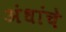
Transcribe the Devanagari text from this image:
अंधांचे